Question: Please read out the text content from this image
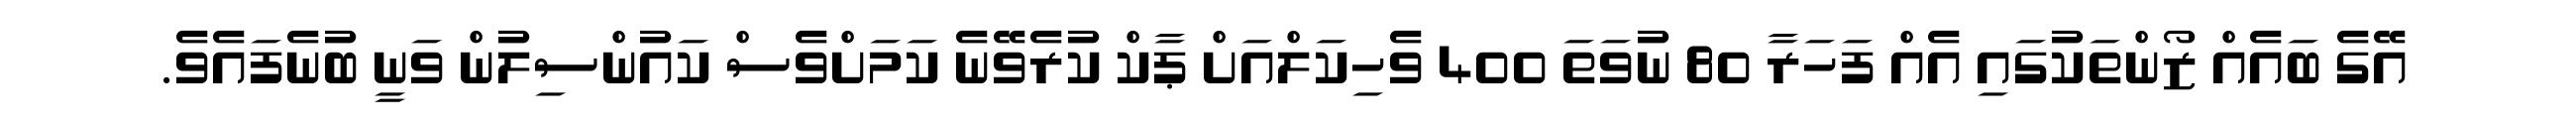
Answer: އޭގެ ބައެއް ޒޯންތަކުގައި އެއް ފަހަރާ 80 ނުވަތަ 400 ވެހިކަލްއަށް ޕާކް ކުރެވޭނެ ކަމަށްވެސް ކައުންސިލުން ވަނީ ބުނެފައެވެ.